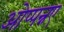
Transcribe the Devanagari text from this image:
ओप्पन्नए